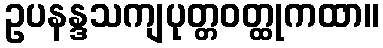
ဥပနန္ဒသကျပုတ္တဝတ္ထုကထာ။